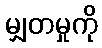
မျှတမှုကို